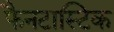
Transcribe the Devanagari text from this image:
फैनटास्टिक